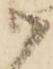
御